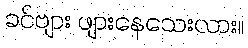
ခင်ဗျား ဖျားနေသေးလား။